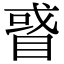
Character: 𥇙